Riigikantselei, lk 35
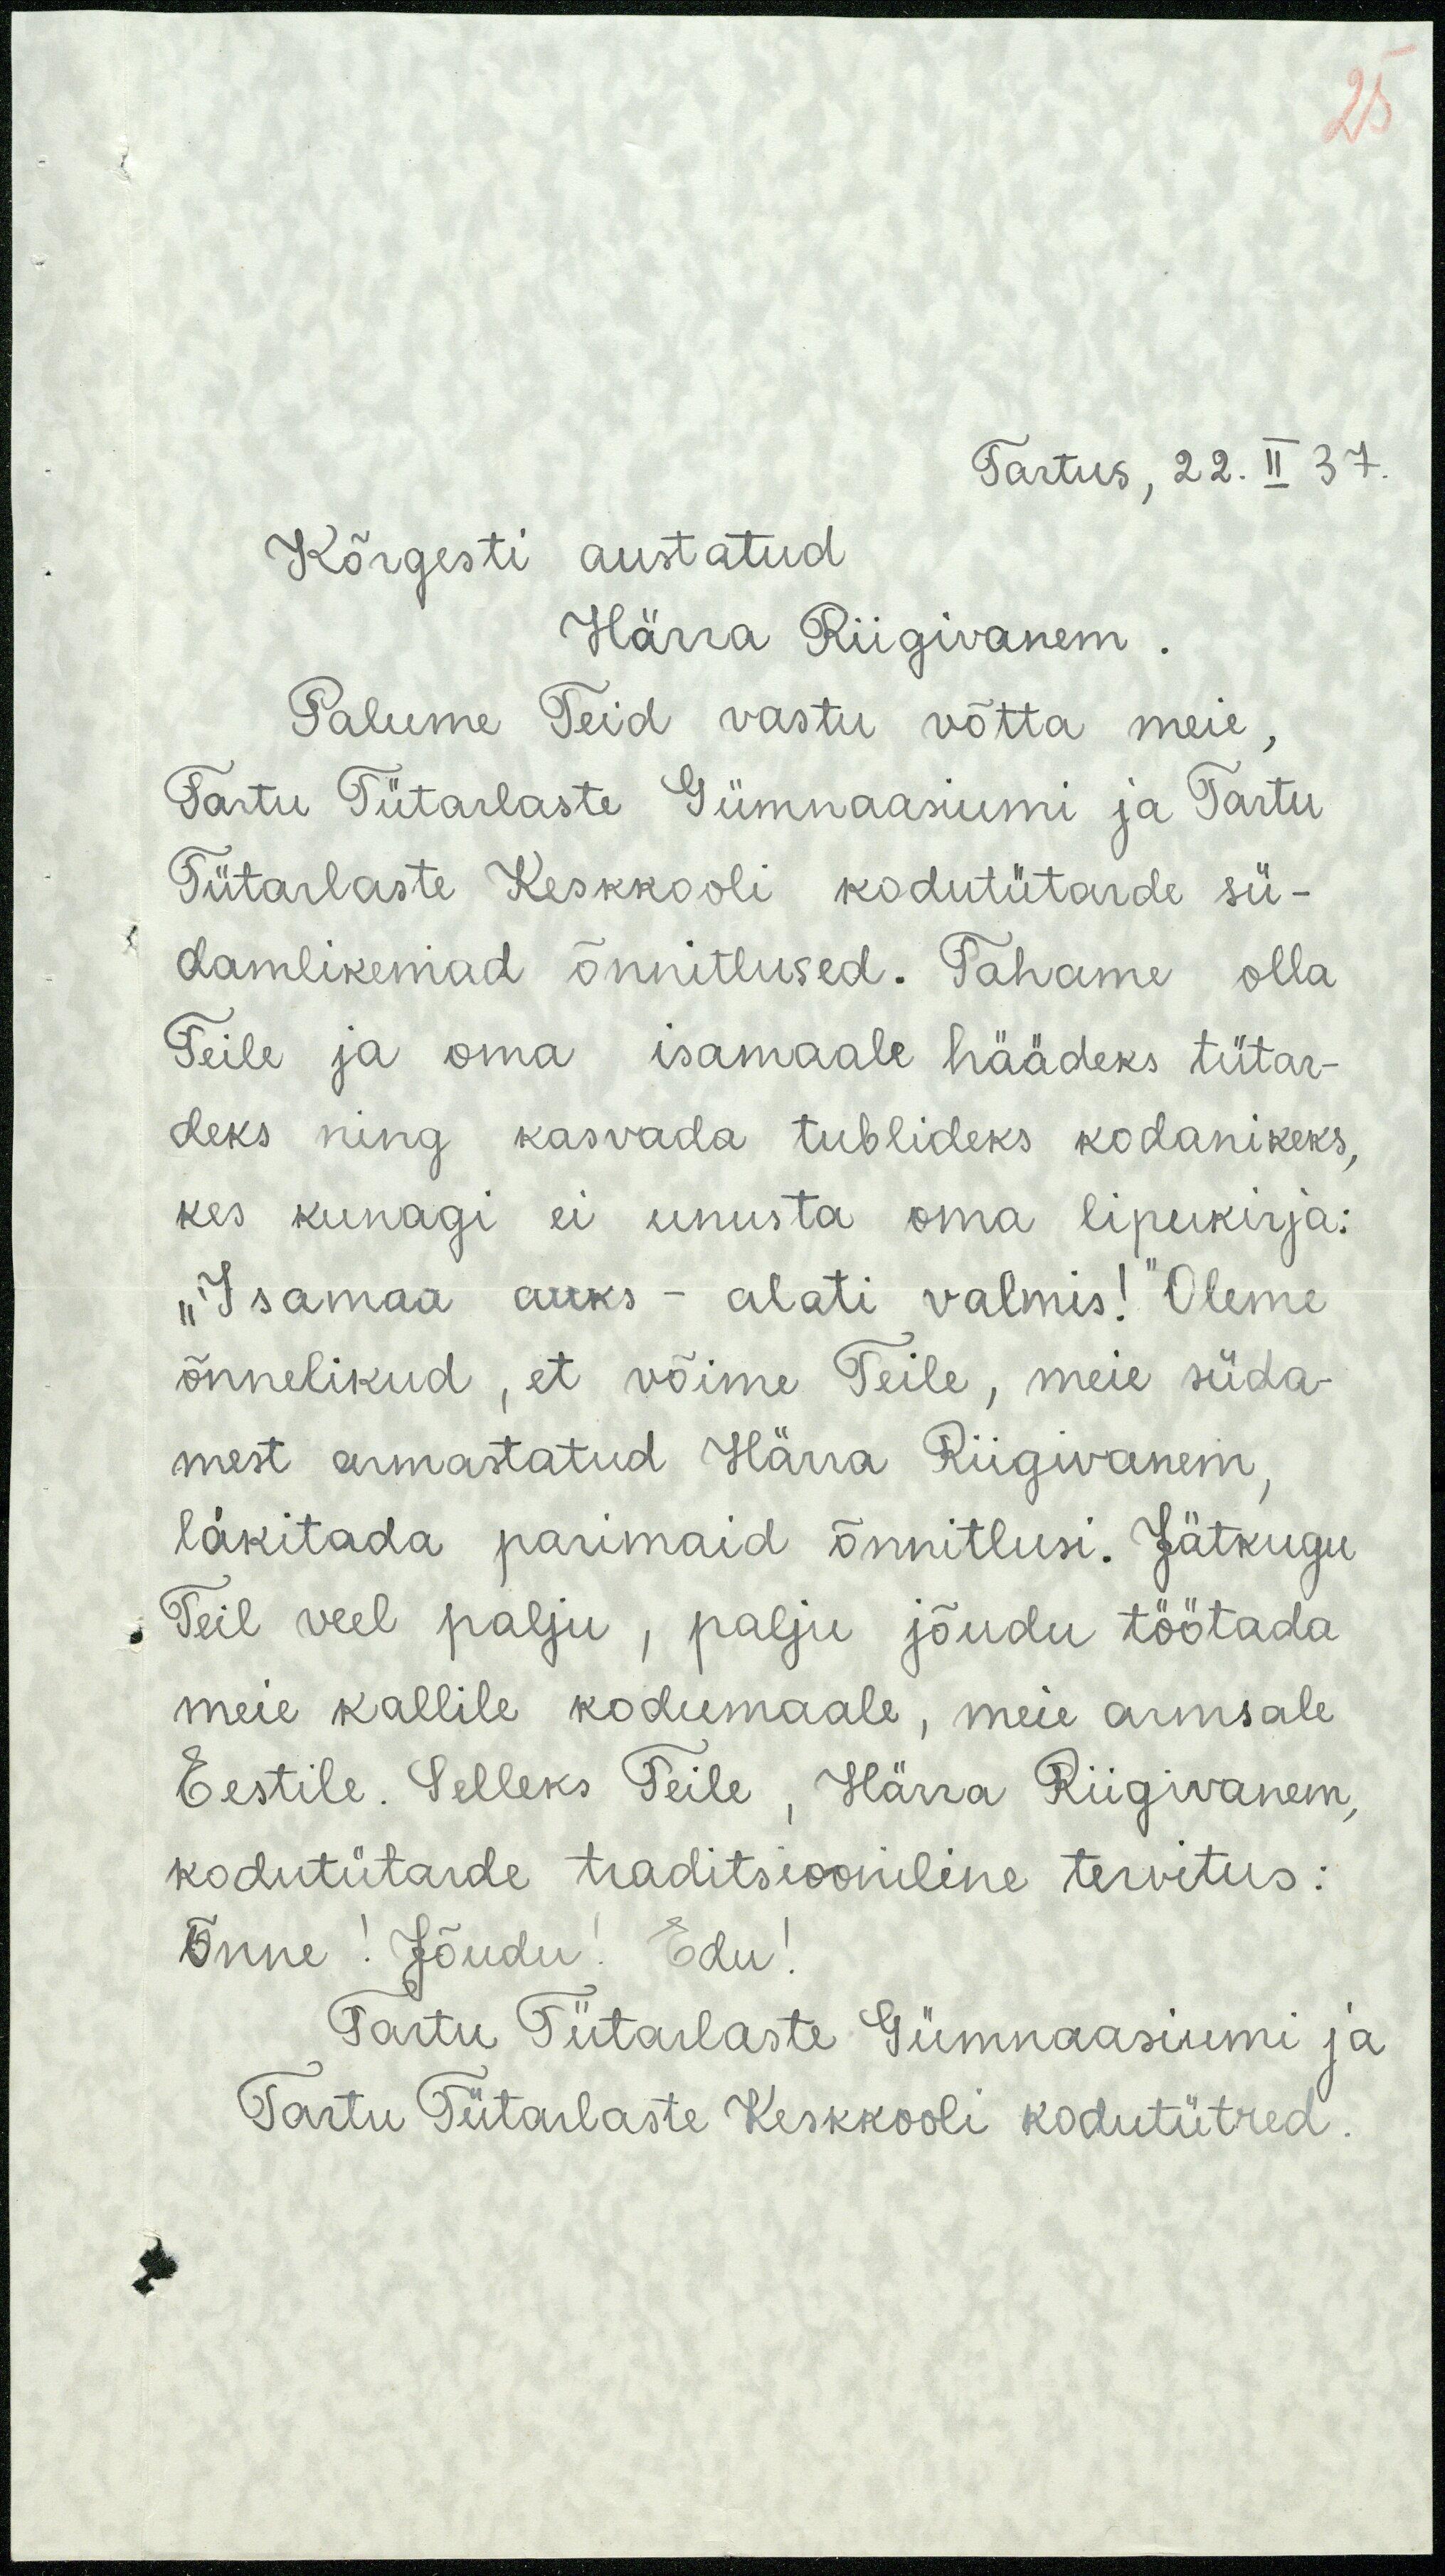
25
Tartus, 22. II 37.
Kõrgesti austatud
Härra Riigivanem.
Palume Teid vastu võtta meie,
Tartu Tütarlaste Gümnaasiumi ja Tartu
Tütarlaste Keskkooli kodutütarde sü-
damlikemad õnnitlused. Tahame olla
Teile ja oma isamaale häädeks tütar-
deks ning kasvada tublideks kodanikeks,
kes kunagi ei unusta oma lipukirja:
"Isamaa auks - alati valmis!" Oleme
õnnelikud, et võime Teile, meie süda-
mest armastatud Härra Riigivanem,
läkitada parimaid õnnitlusi. Jätkugu
Teile veel palju, palju jõudu töötada
meie kallile kodumaale, meie armsale
Eestile. Selleks Teile, Härra Riigivanem,
kodutütarde traditsiooniline tervitus:
Õnne! Jõudu! Edu!
Tartu Tütarlaste Gümnaasium ja
Tartu Tütarlaste Keskkooli kodutütred.